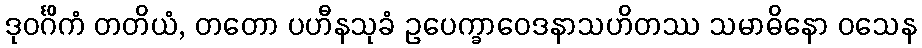
ဒုဝင်္ဂိကံ တတိယံ, တတော ပဟီနသုခံ ဥပေက္ခာဝေဒနာသဟိတဿ သမာဓိနော ဝသေန